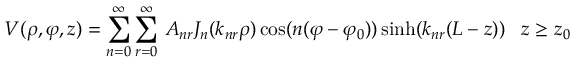
V ( \rho , \varphi , z ) = \sum _ { n = 0 } ^ { \infty } \sum _ { r = 0 } ^ { \infty } \, A _ { n r } J _ { n } ( k _ { n r } \rho ) \cos ( n ( \varphi - \varphi _ { 0 } ) ) \sinh ( k _ { n r } ( L - z ) ) \, \, \, \, \, z \geq z _ { 0 }